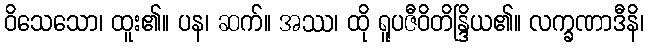
ဝိသေသော၊ ထူး၏။ ပန၊ ဆက်။ အဿ၊ ထို ရူပဇီဝိတိန္ဒြိယ၏။ လက္ခဏာဒီနိ၊